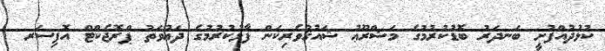
ކުޅުދުއްފުށީ ބަނދަރު ބޮޑުކުރުމުގެ މަޝްރޫޢު ޝައުޤުވެރިކަން ފާޅުކުރުމުގެ ދަޢުވަތު ޕްރޮޖެކްޓް އޮފިސަރ